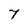
Character: 7